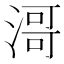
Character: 滒